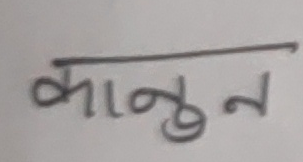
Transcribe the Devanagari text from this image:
कानुन